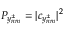
P _ { y _ { n m } ^ { \pm } } = | c _ { y _ { n m } ^ { \pm } } | ^ { 2 }